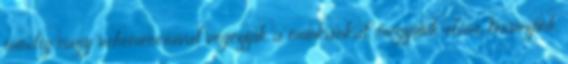
mindig nagy vehemenciával végezzük a munkánkat, megyünk előre, tervezünk